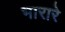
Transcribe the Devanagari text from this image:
भारारे